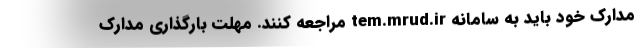
مدارک خود باید به سامانه tem.mrud.ir مراجعه کنند. مهلت بارگذاری مدارک